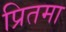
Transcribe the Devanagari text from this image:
प्रितमा